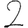
Digit: 2